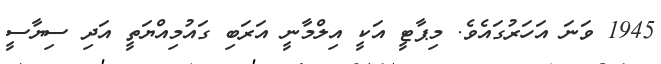
1945 ވަނަ އަހަރުގައެވެ. މިޕާޓީ އަކީ އިލްމާނީ އަރަބި ގައުމިއްޔަތީ އަދި ސިޔާސީ